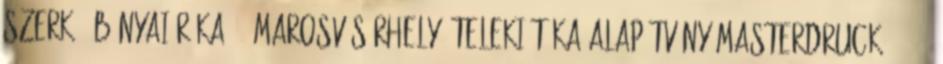
Szerk.: Bányai Réka. – Marosvásárhely: Teleki Téka Alapítvány-Masterdruck, 2009.